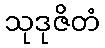
သုဒုဇိတံ